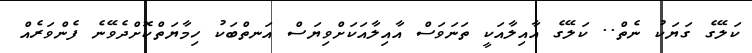
ކަލޭގެ ގަޔަކު ނެތް.. ކަލޭގެ އާއިލާއަކީ ތަނަވަސް އާއިލާއަކަށްވިޔަސް އަނތްބަކު ހިމާޔަތްކޮށްދެވޭނެ ފެންވަރެއް